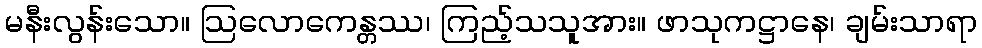
မနီးလွန်းသော။ ဩလောကေန္တဿ၊ ကြည့်သသူအား။ ဖာသုကဋ္ဌာနေ၊ ချမ်းသာရာ